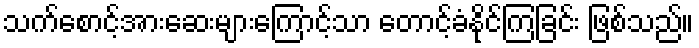
သက်စောင့်အားဆေးများကြောင့်သာ တောင့်ခံနိုင်ကြခြင်း ဖြစ်သည်။